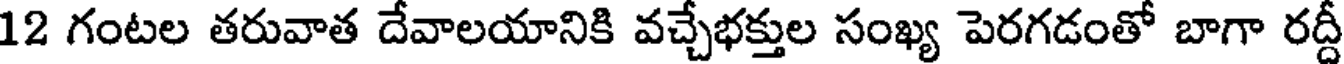
12 గంటల తరువాత దేవాలయానికి వచ్చేభక్తుల సంఖ్య పెరగడంతో బాగా రద్దీ